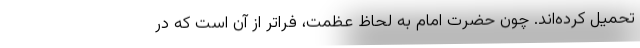
تحمیل کرده‌اند. چون حضرت امام به لحاظ عظمت، فراتر از آن است که در